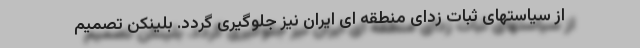
از سیاستهای ثبات زدای منطقه ای ایران نیز جلوگیری گردد. بلینکن تصمیم